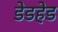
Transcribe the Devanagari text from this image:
डेडहेड